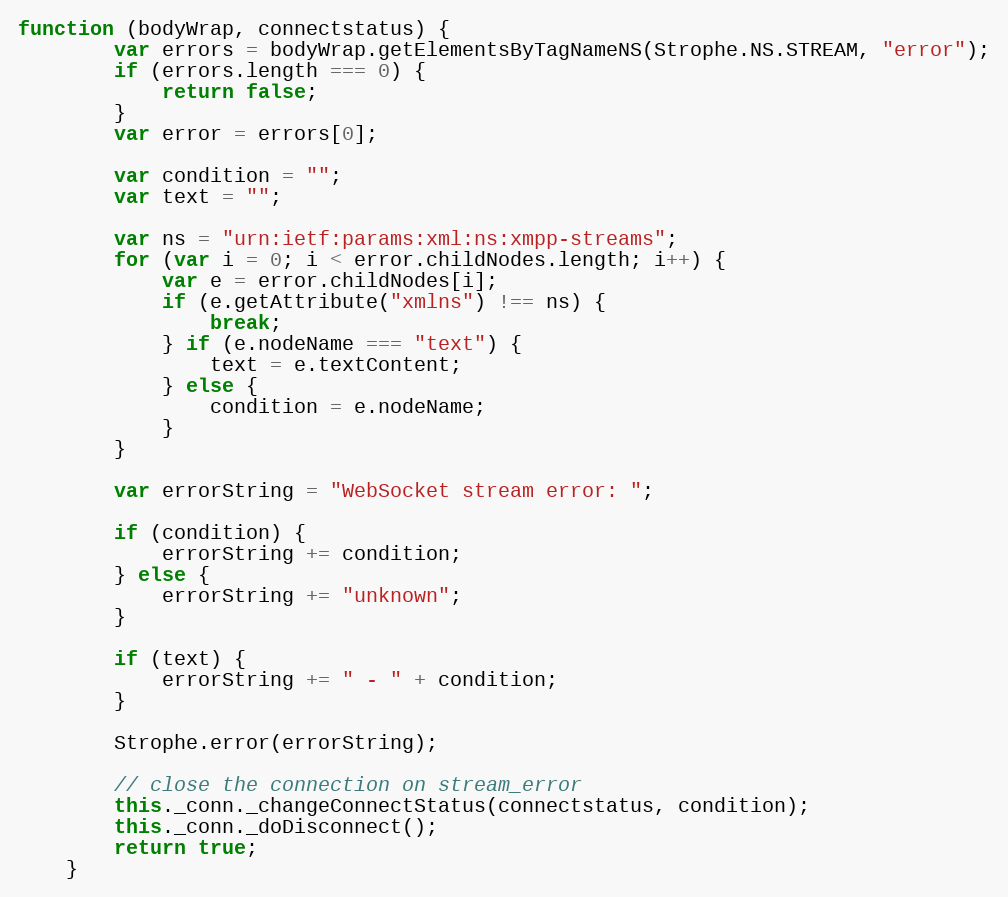
Language: JavaScript
function (bodyWrap, connectstatus) {
        var errors = bodyWrap.getElementsByTagNameNS(Strophe.NS.STREAM, "error");
        if (errors.length === 0) {
            return false;
        }
        var error = errors[0];

        var condition = "";
        var text = "";

        var ns = "urn:ietf:params:xml:ns:xmpp-streams";
        for (var i = 0; i < error.childNodes.length; i++) {
            var e = error.childNodes[i];
            if (e.getAttribute("xmlns") !== ns) {
                break;
            } if (e.nodeName === "text") {
                text = e.textContent;
            } else {
                condition = e.nodeName;
            }
        }

        var errorString = "WebSocket stream error: ";

        if (condition) {
            errorString += condition;
        } else {
            errorString += "unknown";
        }

        if (text) {
            errorString += " - " + condition;
        }

        Strophe.error(errorString);

        // close the connection on stream_error
        this._conn._changeConnectStatus(connectstatus, condition);
        this._conn._doDisconnect();
        return true;
    }